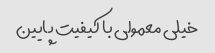
خیلی معمولی با کیفیت پایین